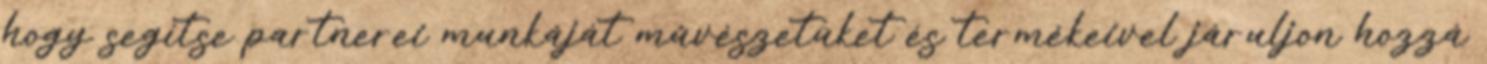
hogy segítse partnerei munkáját mûvészetüket és termékeivel járuljon hozzá